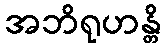
အဘိရုဟန္တိ